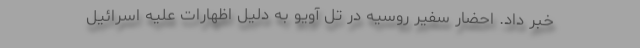
خبر داد. احضار سفیر روسیه در تل آویو به دلیل اظهارات علیه اسرائیل